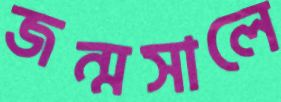
জন্মসালে